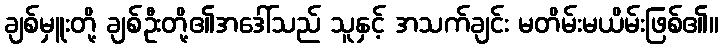
ချစ်မှူးတို့ ချစ်ဦးတို့၏အဒေါ်သည် သူနှင့် အသက်ချင်း မတိမ်းမယိမ်းဖြစ်၏။